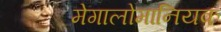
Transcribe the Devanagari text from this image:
मेगालोमानियक